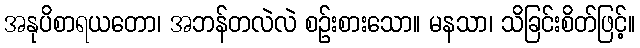
အနုပိစာရယတော၊ အဘန်တလဲလဲ စဉ်းစားသော။ မနသာ၊ သိခြင်းစိတ်ဖြင့်။